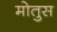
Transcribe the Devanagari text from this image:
मोतुस